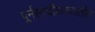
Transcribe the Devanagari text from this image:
पूर्नसाचीकरणातील